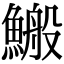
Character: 𩺪